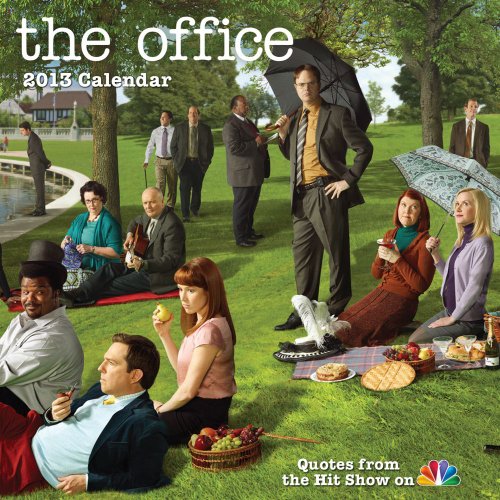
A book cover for NBCs The Office 2013 Day-to-Day Calendar: Quotes from the Hit Show; NBC Universal; Calendars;